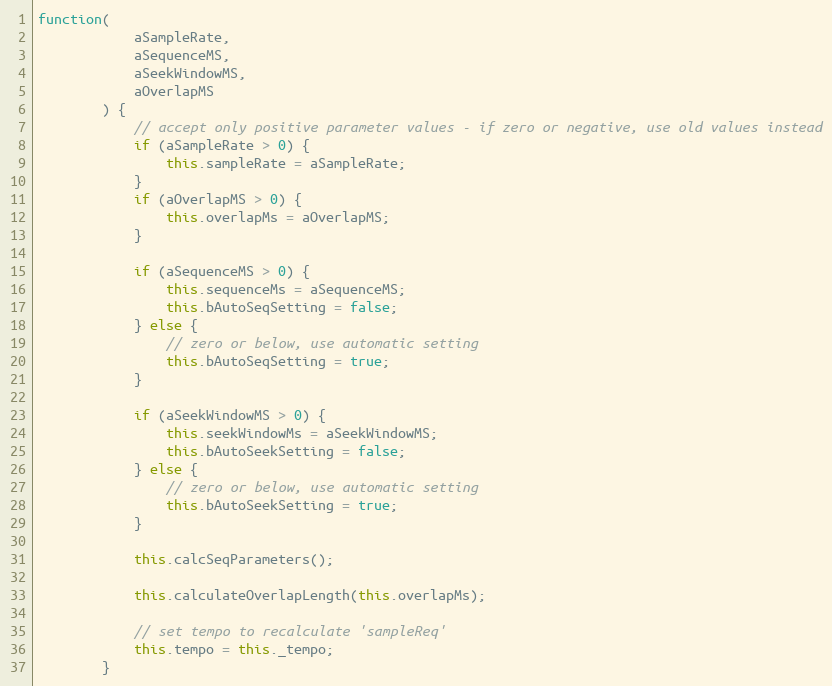
Language: JavaScript
function(
            aSampleRate,
            aSequenceMS,
            aSeekWindowMS,
            aOverlapMS
        ) {
            // accept only positive parameter values - if zero or negative, use old values instead
            if (aSampleRate > 0) {
                this.sampleRate = aSampleRate;
            }
            if (aOverlapMS > 0) {
                this.overlapMs = aOverlapMS;
            }

            if (aSequenceMS > 0) {
                this.sequenceMs = aSequenceMS;
                this.bAutoSeqSetting = false;
            } else {
                // zero or below, use automatic setting
                this.bAutoSeqSetting = true;
            }

            if (aSeekWindowMS > 0) {
                this.seekWindowMs = aSeekWindowMS;
                this.bAutoSeekSetting = false;
            } else {
                // zero or below, use automatic setting
                this.bAutoSeekSetting = true;
            }

            this.calcSeqParameters();

            this.calculateOverlapLength(this.overlapMs);

            // set tempo to recalculate 'sampleReq'
            this.tempo = this._tempo;
        }